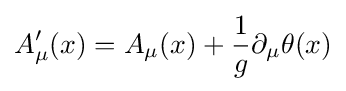
A_{\mu }'(x)=A_{\mu }(x)+{1 \over g}\partial _{\mu }\theta (x)